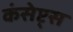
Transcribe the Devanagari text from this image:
कंसेप्ट्स